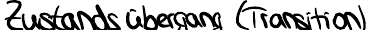
Zustandsübergang (Transition)